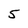
Character: 5